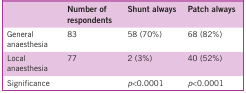
<table><thead><tr><td><b> </b></td><td><b>Number of respondents</b></td><td><b>Shunt always</b></td><td><b>Patch always</b></td></tr></thead><tbody><tr><td>General anaesthesia</td><td>83</td><td>58 (70%)</td><td>68 (82%)</td></tr><tr><td>Local anaesthesia</td><td>77</td><td>2 (3%)</td><td>40 (52%)</td></tr><tr><td>Significance</td><td> </td><td><i>p</i>&lt;0.0001</td><td><i>p</i>&lt;0.0001</td></tr></tbody></table>